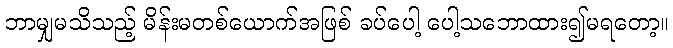
ဘာမျှမသိသည့် မိန်းမတစ်ယောက်အဖြစ် ခပ်ပေါ့ ပေါ့သဘောထား၍မရတော့။